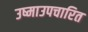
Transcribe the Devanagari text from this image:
उष्माउपचारित